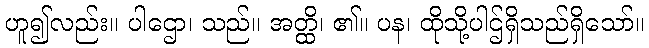
ဟူ၍လည်း။ ပါဌော၊ သည်။ အတ္ထိ၊ ၏။ ပန၊ ထိုသို့ပါဌ်ရှိသည်ရှိသော်။